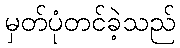
မှတ်ပုံတင်ခဲ့သည်